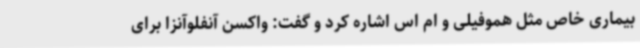
بیماری خاص مثل هموفیلی و ام اس اشاره کرد و گفت: واکسن آنفلوآنزا برای